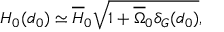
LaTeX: H _ { 0 } ( d _ { 0 } ) \simeq { \overline { { { H } } } _ { 0 } } \sqrt { 1 + { \overline { { { \Omega } } } _ { 0 } } \delta _ { G } ( d _ { 0 } ) } ,